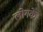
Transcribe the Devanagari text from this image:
लोगके